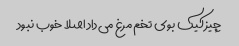
چیز کیک بوی تخم مرغ می‌داد اصلا خوب نبود